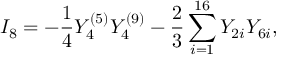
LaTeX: I _ { 8 } = - { \frac { 1 } { 4 } } Y _ { 4 } ^ { ( 5 ) } Y _ { 4 } ^ { ( 9 ) } - { \frac { 2 } { 3 } } \sum _ { i = 1 } ^ { 1 6 } Y _ { 2 i } Y _ { 6 i } ,